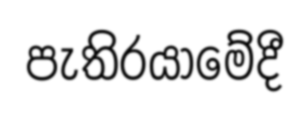
පැතිරයාමේදී